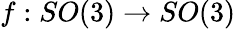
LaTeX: f:SO(3)\to SO(3)